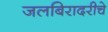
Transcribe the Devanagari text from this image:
जलबिरादरीचे